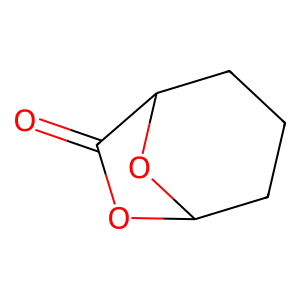
SMILES: O=C1OC2CCCC1O2
Inhibits HIV replication: No